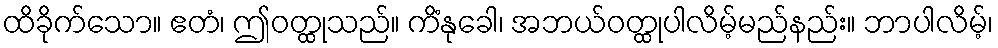
ထိခိုက်သော။ ဧတံ၊ ဤဝတ္ထုသည်။ ကိံနုခေါ၊ အဘယ်ဝတ္ထုပါလိမ့်မည်နည်း။ ဘာပါလိမ့်၊